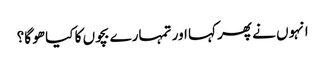
انہوں نے پھر کہا اور تمہارے بچوں کا کیا ھو گا؟